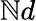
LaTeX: \mathbb{N}d